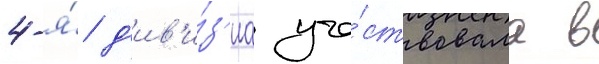
4-я́ д'ив'и́з'иа уча́ствовала в